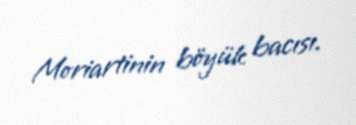
Moriartinin böyük bacısı.